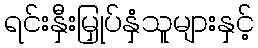
ရင်းနှီးမြှုပ်နှံသူများနှင့်